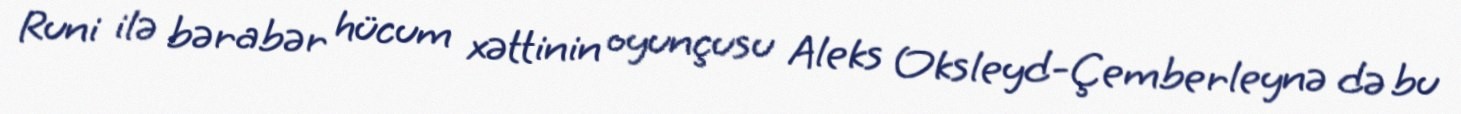
Runi ilə bərabər hücum xəttinin oyunçusu Aleks Oksleyd-Çemberleynə də bu